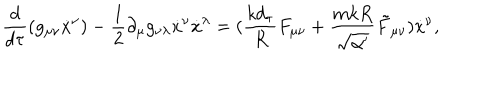
LaTeX: \frac { d } { d \tau } ( g _ { \mu \nu } { \dot { x } } ^ { \nu } ) - \frac { 1 } { 2 } \partial _ { \mu } g _ { \nu \lambda } { \dot { x } } ^ { \nu } { \dot { x } } ^ { \lambda } = ( \frac { k d _ { \tau } } { R } F _ { \mu \nu } + \frac { m k R } { \sqrt { \alpha ^ { \prime } } } \tilde { F } _ { \mu \nu } ) { \dot { x } } ^ { \nu } ,